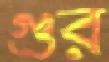
গুর